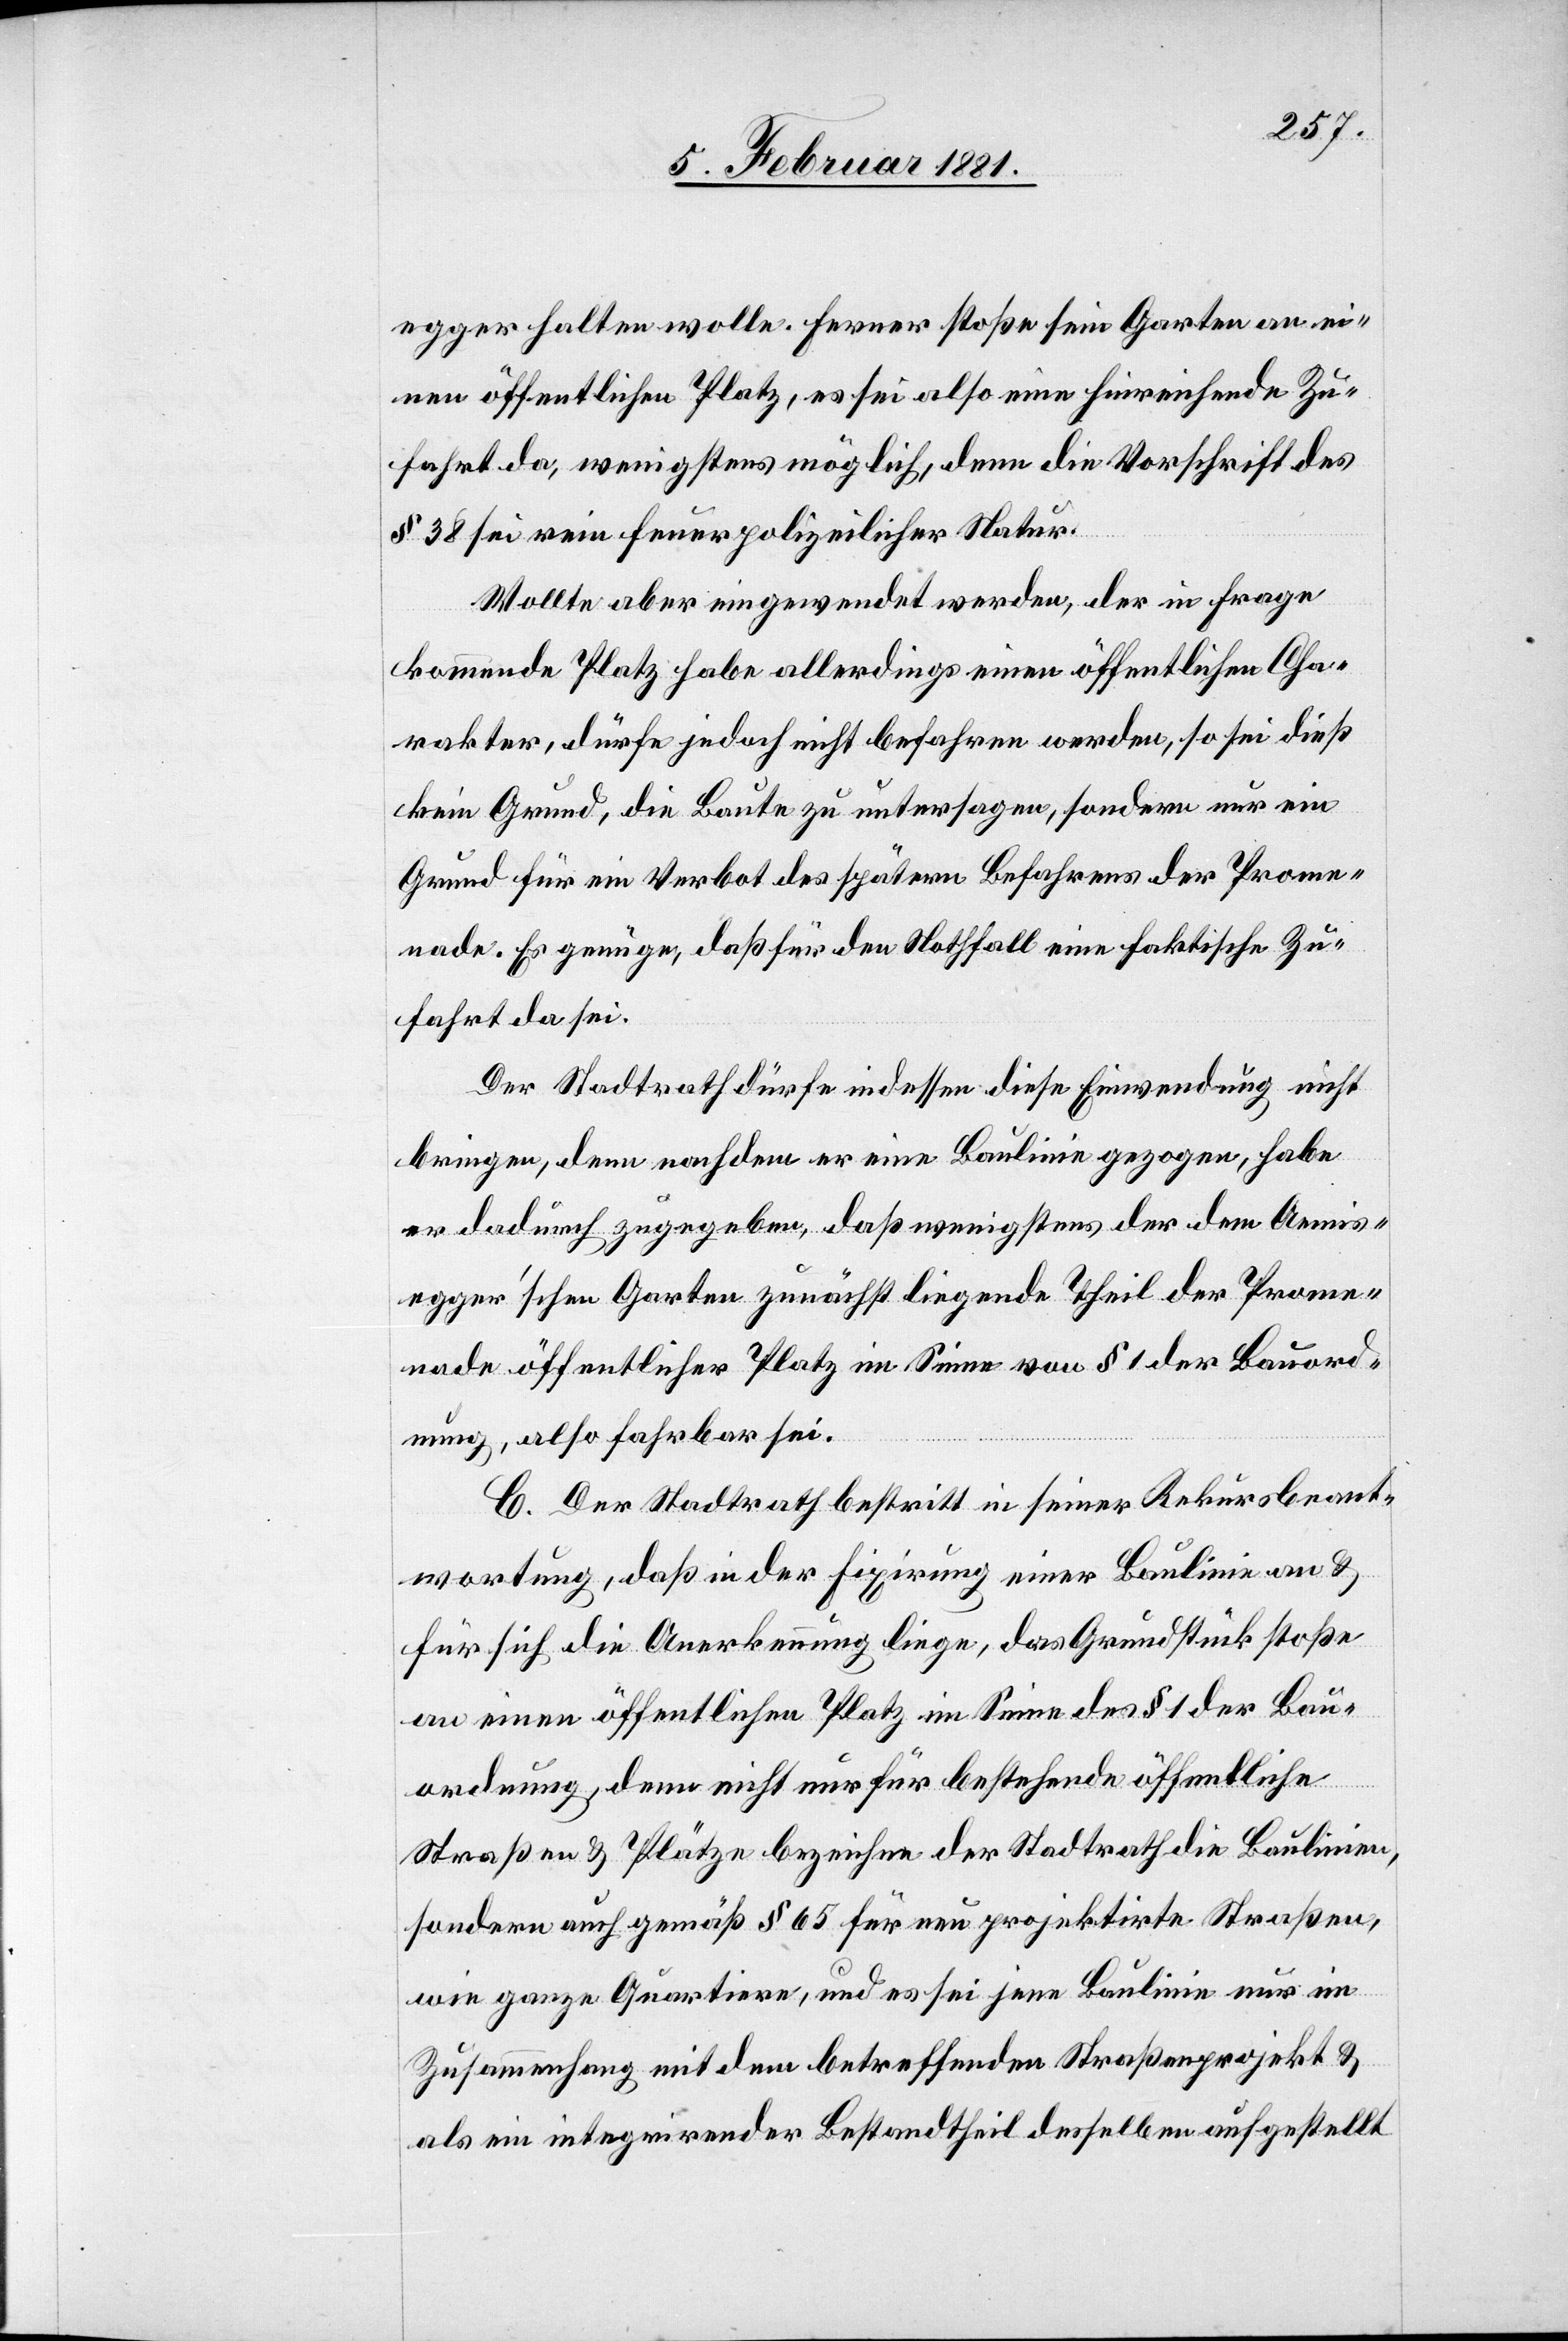
egger halten wolle. Ferner stoße sein Garten an ei¬
nen öffentlichen Platz, es sei also eine hinreichende Zu¬
fahrt da, wenigstens möglich, denn die Vorschrift des
§ 38 sei rein feuerpolizeilicher Natur.
Wollte aber eingewendet werden, der in Frage
kommende Platz habe allerdings einen öffentlichen Cha¬
rakter, dürfe jedoch nicht befahren werden, so sei dieß
kein Grund, die Baute zu untersagen, sondern nur ein
Grund für ein Verbot des spätern Befahrens der Prome¬
nade. Es genüge, daß für den Nothfall eine faktische Zu¬
fahrt da sei.
Der Stadtrath dürfe indessen diese Einwendung nicht
bringen, denn nachdem er eine Baulinie gezogen, habe
er dadurch zugegeben, daß wenigstens der dem Aemis¬
egger’schen Garten zunächst liegende Theil der Prome¬
nade öffentlicher Platz im Sinne von § 1 der Bauord¬
nung, also fahrbar sei.
C. Der Stadtrath bestritt in seiner Rekursbeant¬
wortung, daß in der Fixirung einer Baulinie an &
für sich die Anerkennung liege, das Grundstück stoße
an einen öffentlichen Platz im Sinne des § 1 der Bau¬
ordnung, dem nicht nur für bestehende öffentliche
Straßen & Plätze bezeichne der Stadtrath die Baulinien,
sondern auch gemäß § 65 für neu projektirte Straßen,
wie ganze Quartiere, und es sei jene Baulinie nur im
Zusammenhang mit dem betreffenden Straßenprojekt &
als ein integrirender Bestandtheil desselben aufgestellt